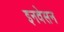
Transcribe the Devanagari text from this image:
इनवेसन